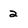
Character: 2